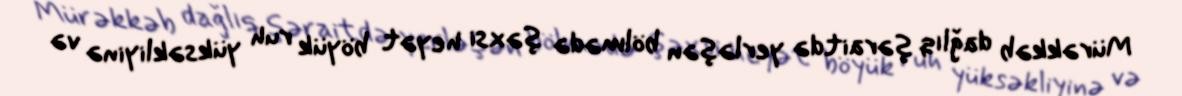
Mürəkkəb dağlıq şəraitdə yerləşən bölmədə şəxsi heyət böyük ruh yüksəkliyinə və